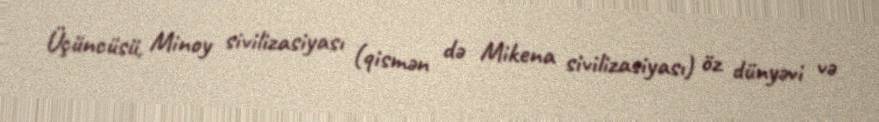
Üçüncüsü, Minoy sivilizasiyası (qismən də Mikena sivilizasiyası) öz dünyəvi və